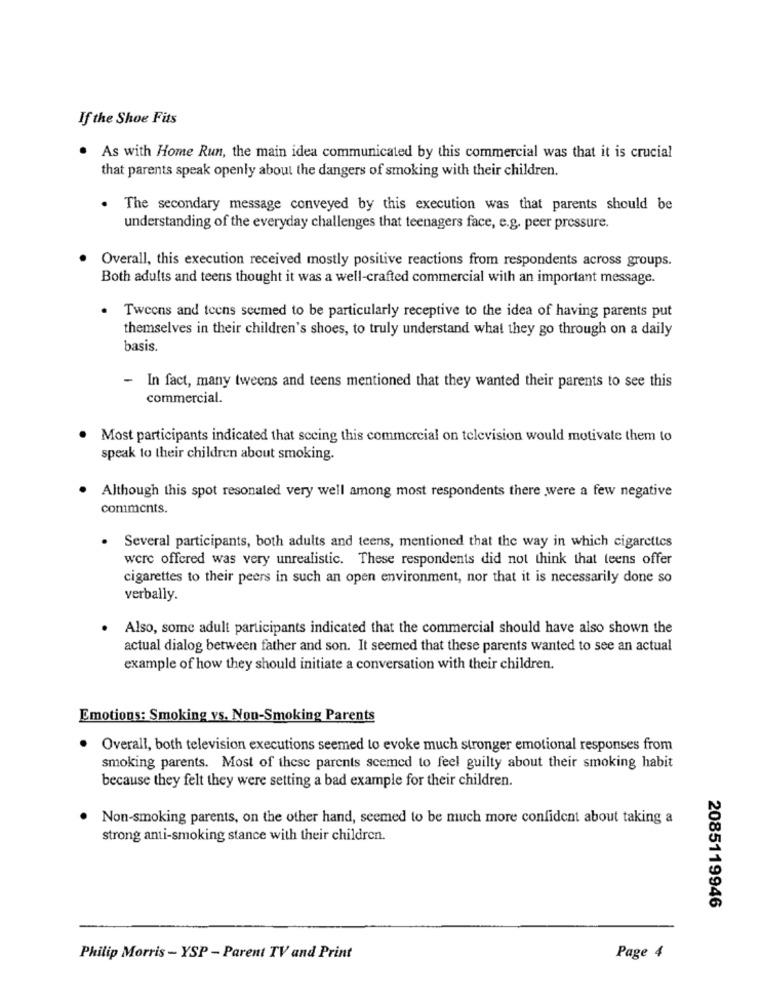
If the Shoe Fits
As with Home Run, the main idea communicated by this commercial was that it is crucial
that parents speak openly about the dangers of smoking with their children.
The secondary message conveyed by this execution was that parents should be
understanding of the everyday challenges that teenagers face, e.g. peer pressure.
Overall, this execution received mostly positive reactions from respondents across groups.
Both adults and teens thought it was a well-crafted commercial with an important message.
. Tweens and teens seemed to be particularly receptive to the idea of having parents put
themselves in their children's shoes, to truly understand what they go through on a daily
basis.
- In fact, many tweens and teens mentioned that they wanted their parents to see this
commercial.
Most participants indicated that sccing this commercial on television would motivate them to
speak to their children about smoking.
Although this spot resonated very well among most respondents there were a few negative
comments.
. Several participants, both adults and teens, mentioned that the way in which cigarettes
were offered was very unrealistic. These respondents did not think that teens offer
cigarettes to their peers in such an open environment, nor that it is necessarily done so
verbally.
. Also, some adult participants indicated that the commercial should have also shown the
actual dialog between father and son. It seemed that these parents wanted to see an actual
example of how they should initiate a conversation with their children.
Emotions: Smoking vs. Non-Smoking Parents
Overall, both television executions seemed to evoke much stronger emotional responses from
smoking parents. Most of these parents seemed to feel guilty about their smoking habit
because they felt they were setting a bad example for their children.
Non-smoking parents, on the other hand, seemed to be much more confident about taking a
strong anti-smoking stance with their children.
2085119946
Philip Morris - YSP - Parent TV and Print
Page 4